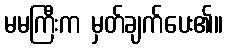
မမကြီးက မှတ်ချက်ပေး၏။